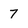
Character: 7